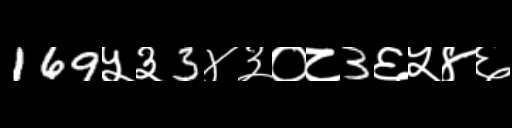
Text: 169५३3४३०८3६५४६